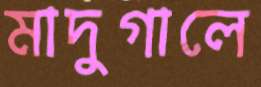
মাদুগালে